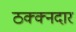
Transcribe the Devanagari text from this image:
ठक्क्नदार